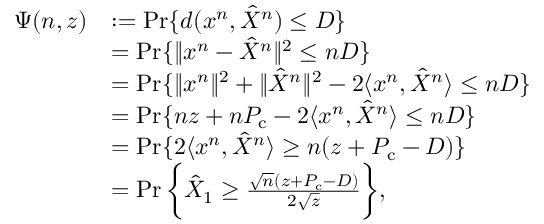
\begin{array} { r l } { \Psi ( n , z ) } & { : = \operatorname* { P r } \{ d ( x ^ { n } , \hat { X } ^ { n } ) \leq D \} } \\ & { = \operatorname* { P r } \{ \| x ^ { n } - \hat { X } ^ { n } \| ^ { 2 } \leq n D \} } \\ & { = \operatorname* { P r } \{ \| x ^ { n } \| ^ { 2 } + \| \hat { X } ^ { n } \| ^ { 2 } - 2 \langle x ^ { n } , \hat { X } ^ { n } \rangle \leq n D \} } \\ & { = \operatorname* { P r } \{ n z + n P _ { \mathrm { c } } - 2 \langle x ^ { n } , \hat { X } ^ { n } \rangle \leq n D \} } \\ & { = \operatorname* { P r } \{ 2 \langle x ^ { n } , \hat { X } ^ { n } \rangle \geq n ( z + P _ { \mathrm { c } } - D ) \} } \\ & { = \operatorname* { P r } \bigg \{ \hat { X } _ { 1 } \geq \frac { \sqrt { n } ( z + P _ { \mathrm { c } } - D ) } { 2 \sqrt { z } } \bigg \} , } \end{array}